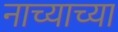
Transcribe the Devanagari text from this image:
नाच्याच्या